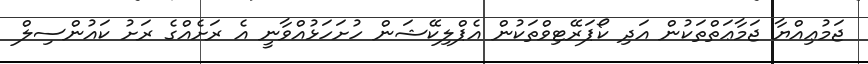
ޖަމުޢިއްޔާ ޖަމާޢަތްތަކުން އަދި ކޯޕަރޭޓިވްތަކުން އެޕްލިކޭޝަން ހުށަހަޅުއްވާނީ އެ ރަށެއްގެ ރަށު ކައުންސިލް